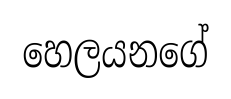
හෙලයනගේ